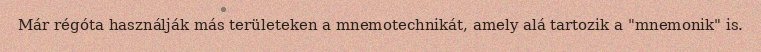
Már régóta használják más területeken a mnemotechnikát, amely alá tartozik a "mnemonik" is.